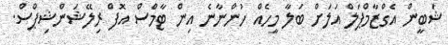
ޝަބީން އެގްޒާމްޕަލް އަލަށް ބަލާ މީހެއް ހުންނާނެ އިން ޓާމްސް އޮފް ރިލޭޝަންޝިޕްސް.